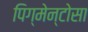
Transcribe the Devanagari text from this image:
पिग्मेन्टोसा